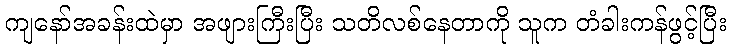
ကျနော်အခန်းထဲမှာ အဖျားကြီးပြီး သတိလစ်နေတာကို သူက တံခါးကန်ဖွင့်ပြီး